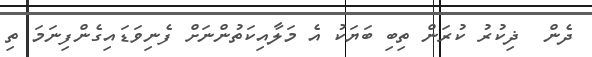
ދެން  ޛިކުރު ކުރަން ތިބި ބަޔަކު އެ މަލާއިކަތުންނަށް ފެނިވަޑައިގެންފިނަމަ ތި